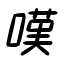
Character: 嘆